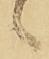
候